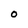
Character: 0